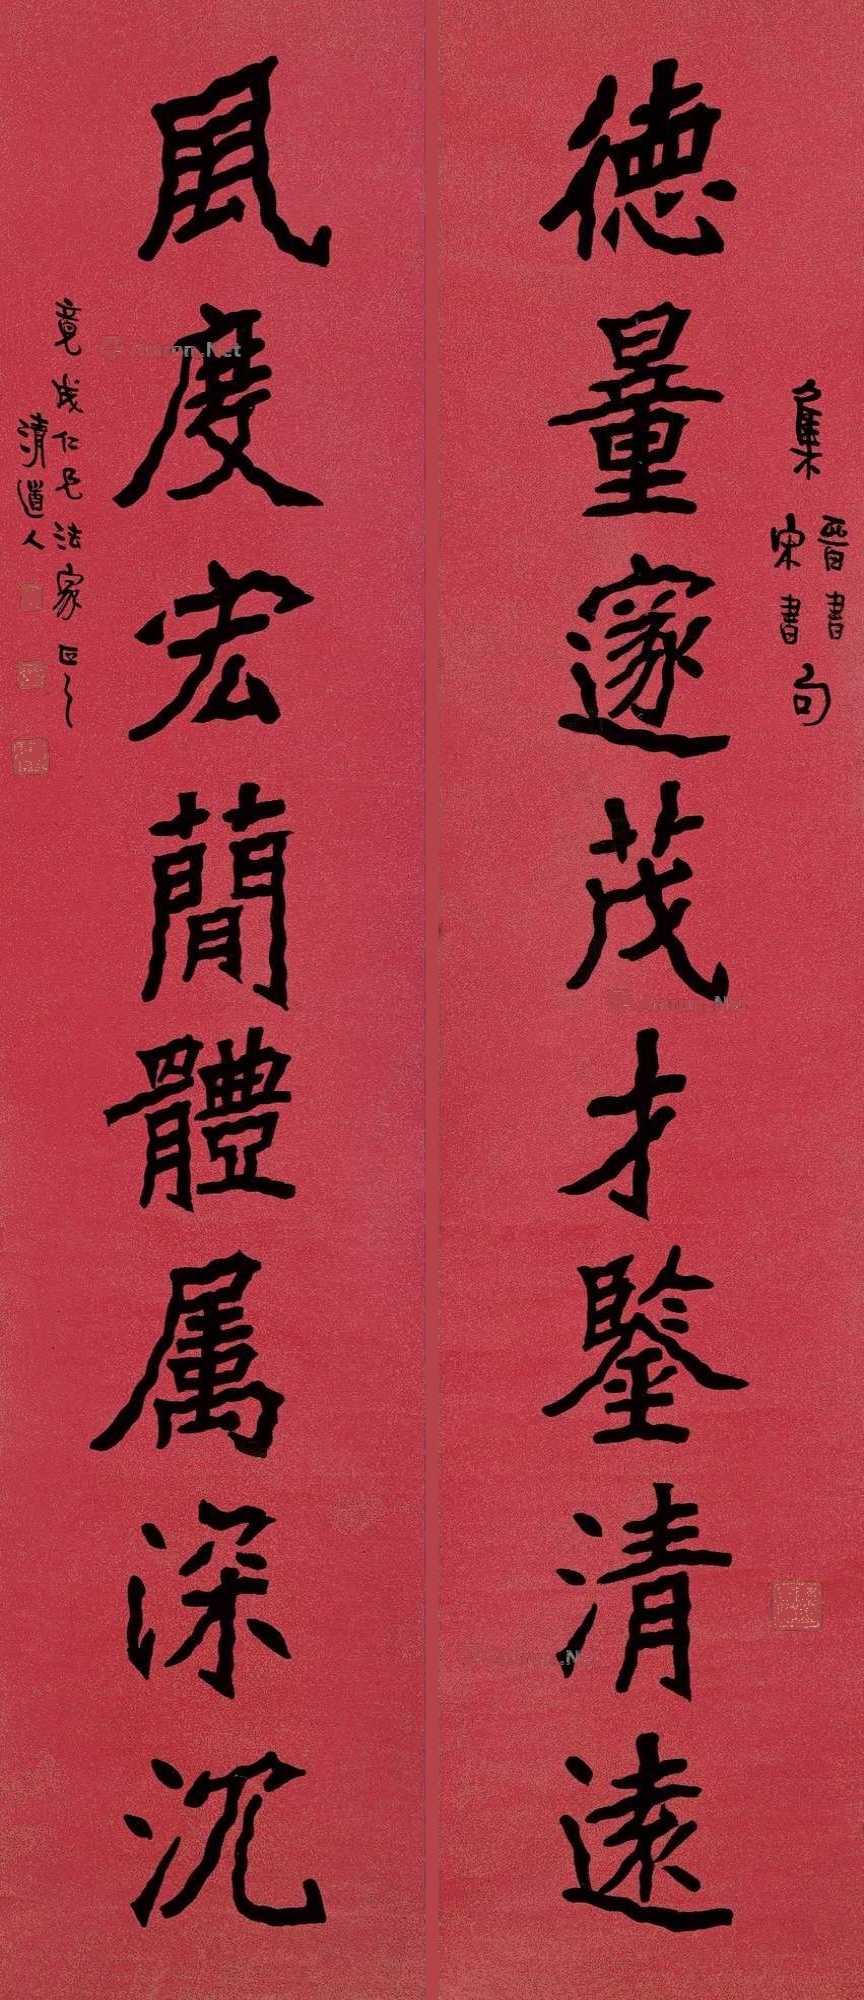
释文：德量邃茂才鉴清远，风度宏简体属深沉。集晋书、宋书句，竟成仁兄法家正之。清道人。